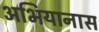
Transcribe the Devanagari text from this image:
अभियानास